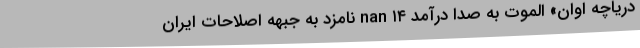
دریاچه اوان» الموت به صدا درآمد nan ۱۴ نامزد به جبهه اصلاحات ایران